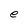
Character: e